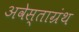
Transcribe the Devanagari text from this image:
अवेस्ताग्रंथ